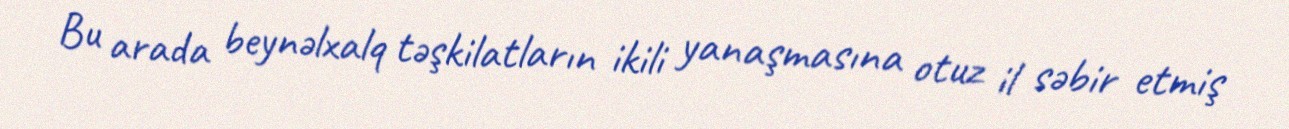
Bu arada beynəlxalq təşkilatların ikili yanaşmasına otuz il səbir etmiş